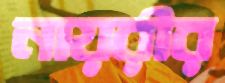
নায়রীর